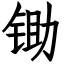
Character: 锄